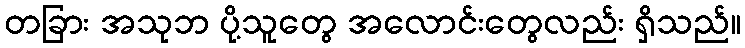
တခြား အသုဘ ပို့သူတွေ အလောင်းတွေလည်း ရှိသည်။